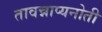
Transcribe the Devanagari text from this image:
तावन्नाप्यनोती